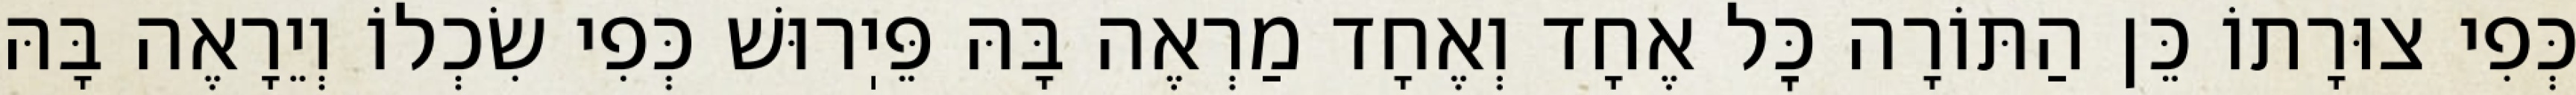
כְּפִי צוּרָתוֹ כֵּן הַתּוֹרָה כׇּל אֶחָד וְאֶחָד מַרְאֶה בָּהּ פֵּיֽרוּשׁ כְּפִי שִׂכְלוֹ וְיֵרָאֶה בָּהּ